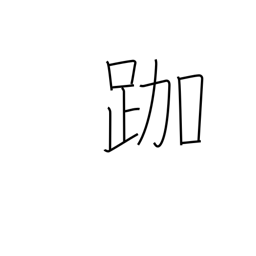
Meaning: sitting in the lotus position